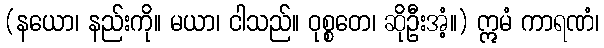
(နယော၊ နည်းကို။ မယာ၊ ငါသည်။ ဝုစ္စတေ၊ ဆိုဦးအံ့။) ဣမံ ကာရဏံ၊